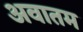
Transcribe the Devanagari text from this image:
अवातम